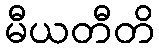
မီယတီတိ